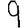
Digit: 9